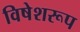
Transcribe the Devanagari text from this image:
विषेशरूप